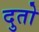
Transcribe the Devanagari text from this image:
दुतो